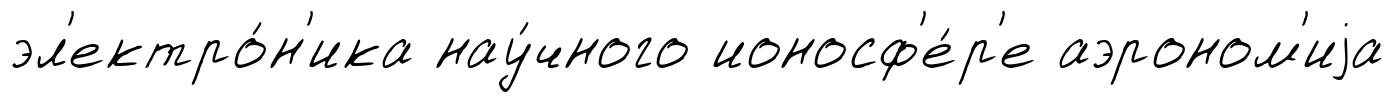
эл'ектро́н'ика нау́чного ионосф'е́р'е аэроном'иjа